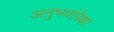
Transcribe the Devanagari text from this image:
अनुभवांपेक्षा